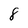
Character: 8